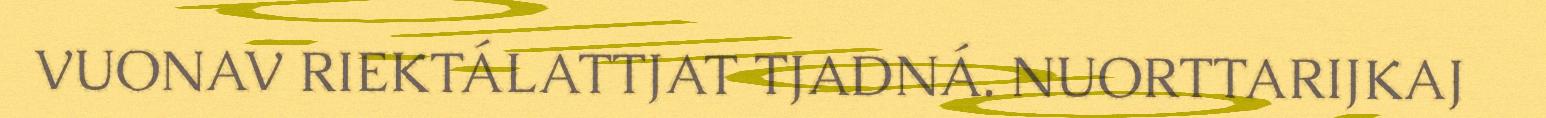
VUONAV RIEKTÁLATTJAT TJADNÁ. NUORTTARIJKAJ